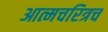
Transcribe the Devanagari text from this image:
आत्मचरित्रच